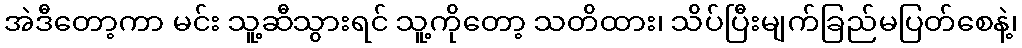
အဲဒီတော့ကာ မင်း သူ့ဆီသွားရင် သူ့ကိုတော့ သတိထား၊ သိပ်ပြီးမျက်ခြည်မပြတ်စေနဲ့၊